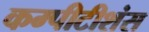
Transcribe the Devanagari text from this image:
कम्पीटीशंस